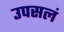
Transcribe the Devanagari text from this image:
उपसलं